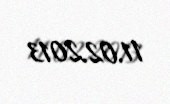
11.02.2013